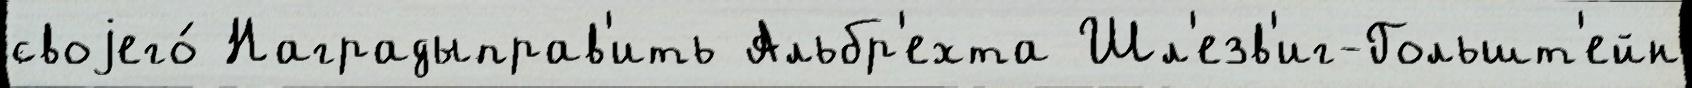
своjего́ Наградыправ'ить Альбр'ехта Шл'езв'иг-Гольшт'ейн